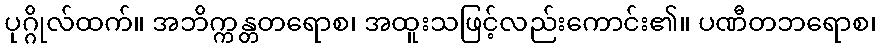
ပုဂ္ဂိုလ်ထက်။ အဘိက္ကန္တတရောစ၊ အထူးသဖြင့်လည်းကောင်း၏။ ပဏီတဘရောစ၊